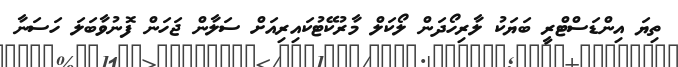
ތިޔަ އިންޑަސްޓްރީ ބަޔަކު ލާރިހޯދަން ލޯކަލް މާރުކޭޓުކައިރިއަށް ސަލާން ޖަހަން ފޮނުވާބަލަ ހަސަނާ